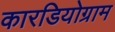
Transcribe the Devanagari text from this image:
कारडियोग्राम